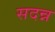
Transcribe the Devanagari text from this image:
सदन्न